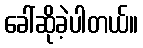
ခေါ်ဆိုခဲ့ပါတယ်။